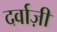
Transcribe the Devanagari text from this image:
दर्वाज़ी